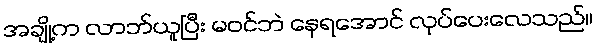
အချို့က လာဘ်ယူပြီး မဝင်ဘဲ နေရအောင် လုပ်ပေးလေသည်။